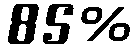
85%